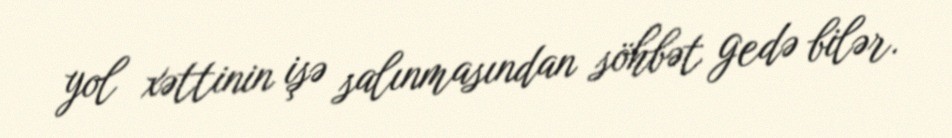
yol xəttinin işə salınmasından söhbət gedə bilər.